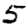
Digit: 5